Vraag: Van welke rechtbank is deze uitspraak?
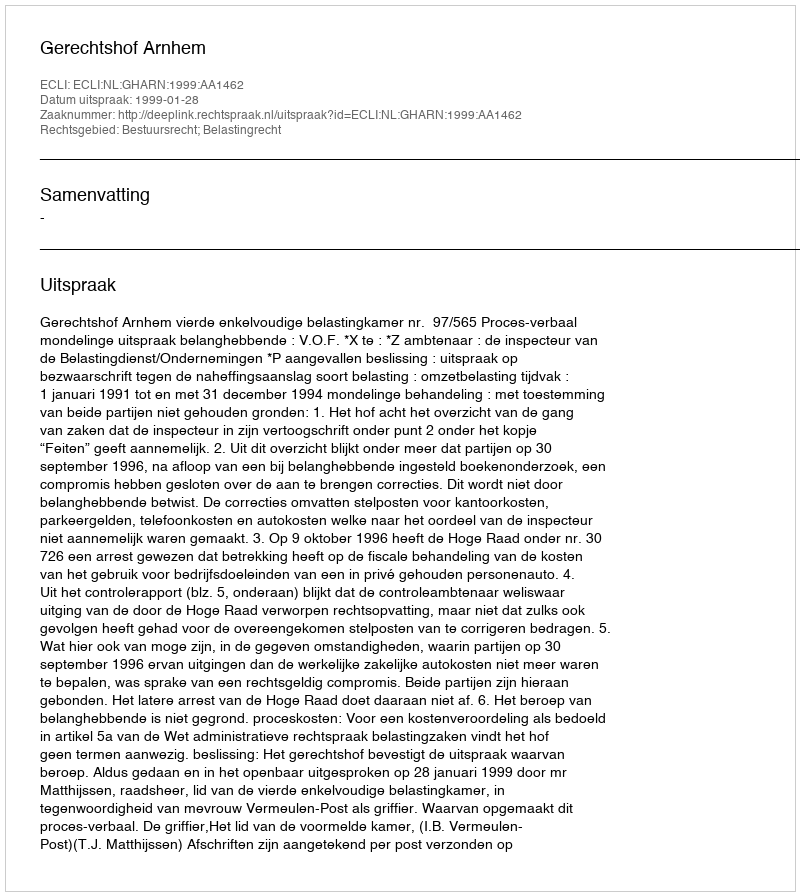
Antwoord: Gerechtshof Arnhem